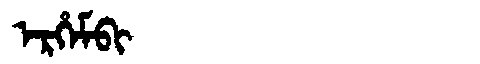
Manchu: ᡝᡵᡥᡝᠮᠪᡳ
Romanization: ERHEMBI